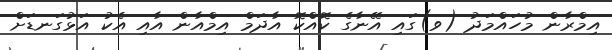
އިމްރާން މުހައްމަދު (ވ)ގައި އޭނާގެ ކޮއްކޮ އާދަމް އިމްއާން އާއި އެކު އަޅުގަނޑަށް